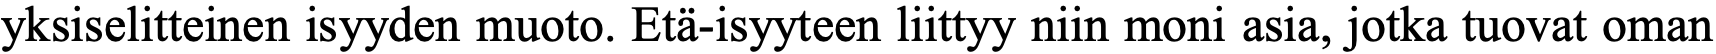
yksiselitteinen isyyden muoto. Etä-isyyteen liittyy niin moni asia, jotka tuovat oman